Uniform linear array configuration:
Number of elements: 12
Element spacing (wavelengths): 0.5
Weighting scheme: kaiser
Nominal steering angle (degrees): -60
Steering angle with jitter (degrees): -59.636
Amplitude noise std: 0.05
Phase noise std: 0.05

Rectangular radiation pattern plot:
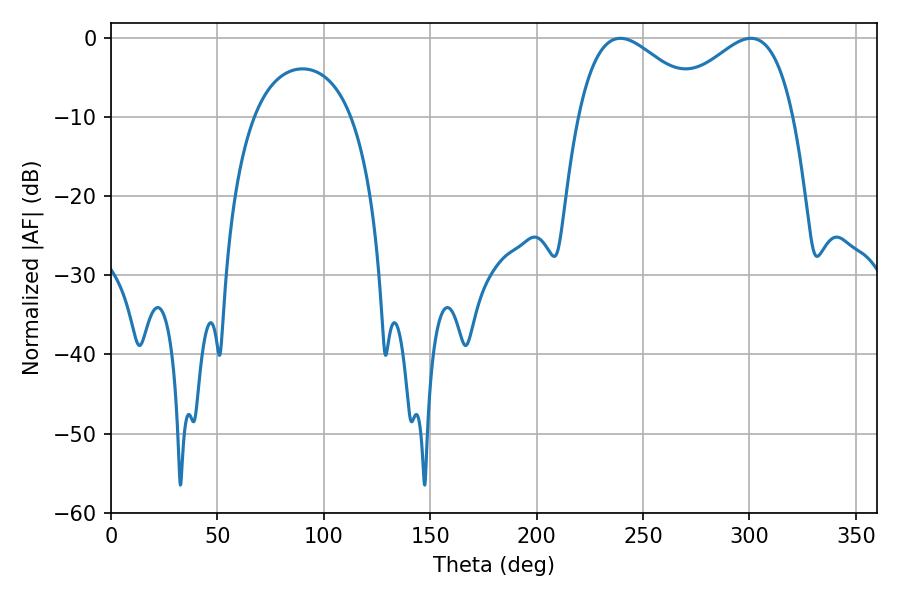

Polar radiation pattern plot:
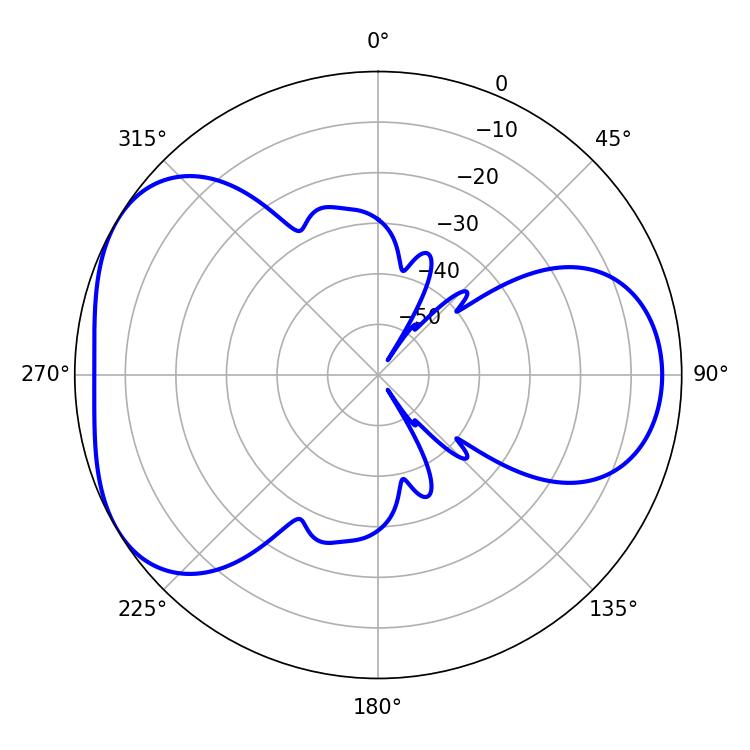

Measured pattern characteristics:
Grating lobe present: FALSE
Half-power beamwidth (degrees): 32.4
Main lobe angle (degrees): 239.4